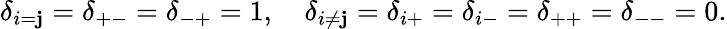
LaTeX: \delta_{i=\mathbf{j}}=\delta_{+-}=\delta_{-+}=1,\quad\delta_{i\neq\mathbf{j}}=\delta_{i+}=\delta_{i-}=\delta_{++}=\delta_{--}=0.